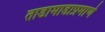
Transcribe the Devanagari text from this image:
ताडामाडाप्रमाणे